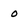
Character: 0